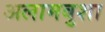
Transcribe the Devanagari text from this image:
अलामबुशा